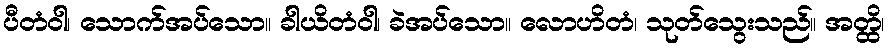
ပီတံဝါ၊ သောက်အပ်သော။ ခါယိတံဝါ၊ ခဲအပ်သော။ လောဟိတံ၊ သုတ်သွေးသည်။ အတ္ထိ၊